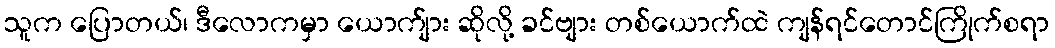
သူက ပြောတယ်၊ ဒီလောကမှာ ယောက်ျား ဆိုလို့ ခင်ဗျား တစ်ယောက်ထဲ ကျန်ရင်တောင်ကြိုက်စရာ